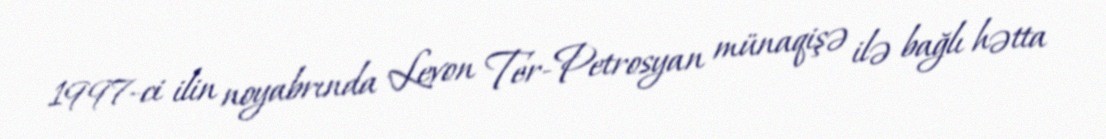
1997-ci ilin noyabrında Levon Ter-Petrosyan münaqişə ilə bağlı hətta